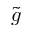
\tilde { g }